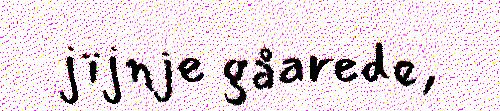
jïjnje gåarede,